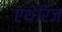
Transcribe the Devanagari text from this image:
एथेरिज